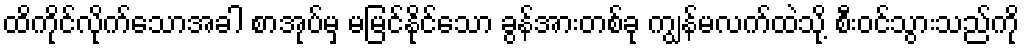
ထိကိုင်လိုက်သောအခါ စာအုပ်မှ မမြင်နိုင်သော ခွန်အားတစ်ခု ကျွန်မလက်ထဲသို့ စီးဝင်သွားသည်ကို